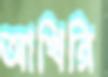
আখিরি